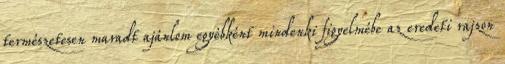
természetesen maradt ajánlom egyébként mindenki figyelmébe az eredeti rajzon